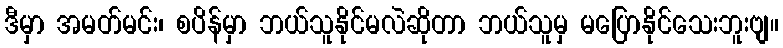
ဒီမှာ အမတ်မင်း၊ စပိန်မှာ ဘယ်သူနိုင်မလဲဆိုတာ ဘယ်သူမှ မပြောနိုင်သေးဘူးဗျ။